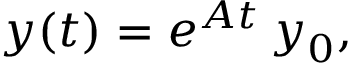
\boldsymbol { y } ( t ) = e ^ { \boldsymbol { A } t } \, \boldsymbol { y } _ { 0 } ,